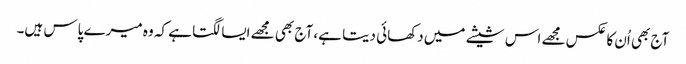
آج بھی اُن کا عکس مجھے اس شیشے میں دکھائی دیتا ہے، آج بھی مجھے ایسا لگتا ہے کہ وہ میرے پاس ہیں۔